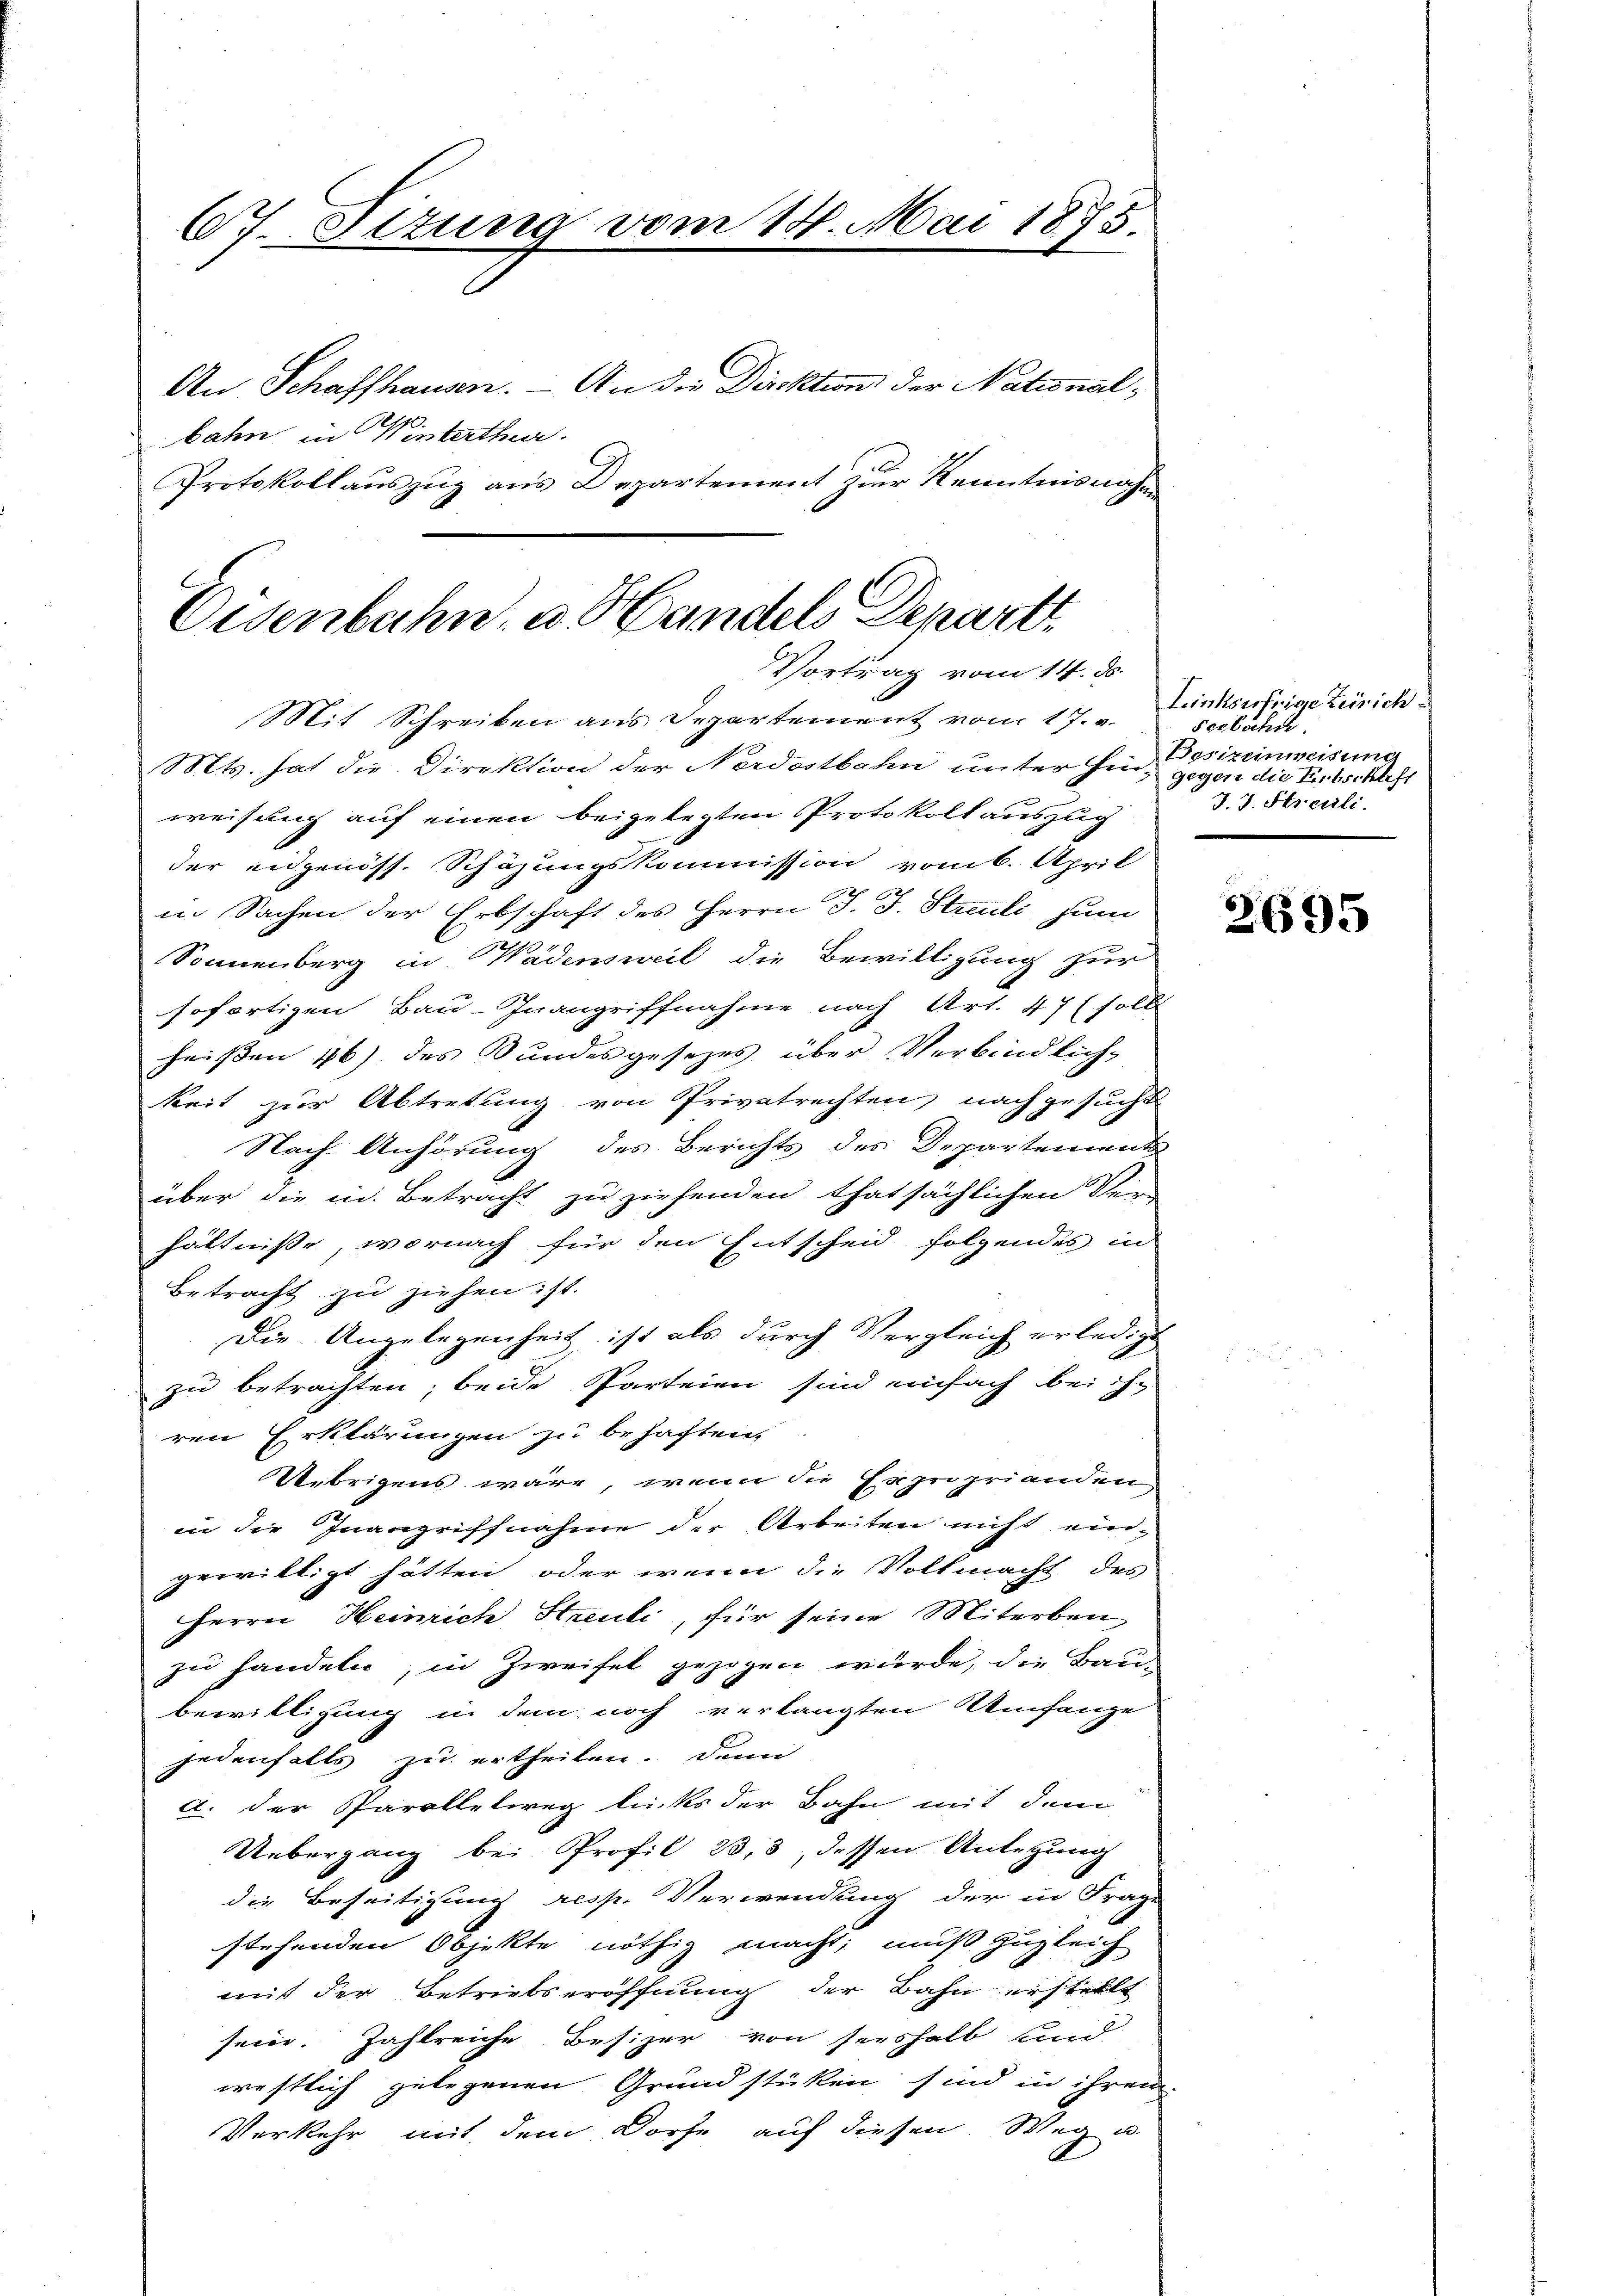
67. Titung vom 14. Mai 1875.

An Schaffhausen. — An der Direktion der Nationalbahn in Winterthur.
Protokollauszug aus Departement zur Kenntnisnahm

Eisenbahn, u. Handels Departi
Vortrag vom 14. ds.
Mit Schreiben aus Departement vom 17. v.

Mts. hat die Direktion der Nordostbahn unter hin, gegen die Erbschlest
weisung auf einen beigelegten Protokoll auszug
der eidgenöss. Schäzungskommission vom 6. April
in Sachen der Erbschaft des Herrn J. J. Streuli zum
Sonnenberg in Wädensweil die Bewilligung zur
sofortigen Bau-Inangriffnahme nach Art. 47 (sollt
heißen 46) des Bundesgesezes über Verbindlich-
keit zur Abtretung von Privatrechten nachgesucht
Nach Anhörung des Berichts des Departements
über die in Betracht zu ziehenden thatsächlichen Ver-
hältniße, wornach für den Entscheid folgendes in
Betracht zu ziehen ist.
Die Angelegenheit, ist als durch Vergleich erledigt
zu betrachten, beide Parteien sind einfach bei ihr
ren Erklärungen zu behaften,
Übrigens wäre, wenn die Hauprianden-
in die Inangriffnahme der Arbeiten nicht eingewilligt hätten, oder wenn die Vollmacht des
Herrn Heinrich Streuli, für seine Miterben
zu handeln, in Zweifel gezogen würde, die Bau-
bewilligung in dem noch verlangten Umfange
jedenfalls zu ertheilen. Denn
a. der Parallelweg lücks der Bahn mit dem
Uebergang bei Profil 233, dessen Anlegung
die Beseitigung resp. Verwendung der in Frage
stehenden Objekte nöthig macht, muß zugleich
mit der Betriebseröffnung der Bahn erstellt
sein. Zahlreiche Besizer von seeshalb und
westlich gelegenen Grundstücken sind in ihren
Verkehr mit dem Dorfe auf diesen Weg u.

Linkorrige Zürich
serbache
Besizeinweisung
J. J. Strauli.

2695